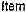
ITEM